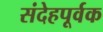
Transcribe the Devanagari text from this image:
संदेहपूर्वक